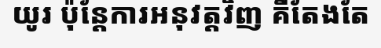
យូរ ប៉ុន្តែការអនុវត្តវិញ គឺតែងតែ